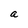
Character: a